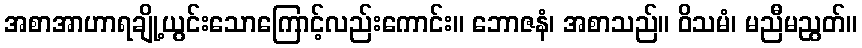
အစာအာဟာရချို့ယွင်းသောကြောင့်လည်းကောင်း။ ဘောဇနံ၊ အစာသည်။ ဝိသမံ၊ မညီမညွတ်။